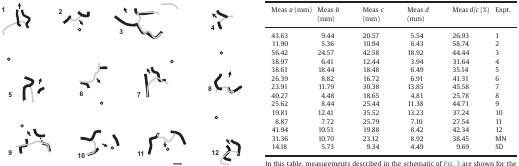
<table><thead><tr><td><b>Meas <i>a</i> (mm)</b></td><td><b>Meas <i>b</i> (mm)</b></td><td><b>Meas <i>c</i> (mm)</b></td><td><b>Meas <i>d</i> (mm)</b></td><td><b>Meas <i>d</i>/<i>c</i> (%)</b></td><td><b>Expt.</b></td></tr></thead><tbody><tr><td>43.63</td><td>9.44</td><td>20.57</td><td>5.54</td><td>26.93</td><td>1</td></tr><tr><td>11.90</td><td>5.36</td><td>10.94</td><td>6.43</td><td>58.74</td><td>2</td></tr><tr><td>56.42</td><td>24.57</td><td>42.58</td><td>18.92</td><td>44.44</td><td>3</td></tr><tr><td>38.97</td><td>6.41</td><td>12.44</td><td>3.94</td><td>31.64</td><td>4</td></tr><tr><td>38.61</td><td>18.44</td><td>18.48</td><td>6.49</td><td>35.14</td><td>5</td></tr><tr><td>26.39</td><td>8.82</td><td>16.72</td><td>6.91</td><td>41.31</td><td>6</td></tr><tr><td>23.91</td><td>11.79</td><td>30.38</td><td>13.85</td><td>45.58</td><td>7</td></tr><tr><td>40.27</td><td>4.48</td><td>18.65</td><td>4.81</td><td>25.78</td><td>8</td></tr><tr><td>25.62</td><td>8.44</td><td>25.44</td><td>11.38</td><td>44.71</td><td>9</td></tr><tr><td>19.81</td><td>12.41</td><td>35.52</td><td>13.23</td><td>37.24</td><td>10</td></tr><tr><td>8.87</td><td>7.72</td><td>25.79</td><td>7.10</td><td>27.54</td><td>11</td></tr><tr><td>41.94</td><td>10.51</td><td>19.88</td><td>8.42</td><td>42.34</td><td>12</td></tr><tr><td>31.36</td><td>10.70</td><td>23.12</td><td>8.92</td><td>38.45</td><td>MN</td></tr><tr><td>14.18</td><td>5.73</td><td>9.34</td><td>4.49</td><td>9.69</td><td>SD</td></tr></tbody></table>